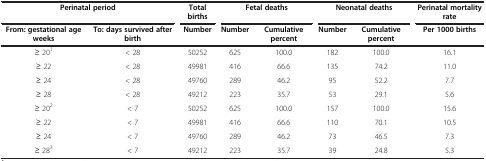
<table><thead><tr><td colspan="2"><b>Perinatal period</b></td><td><b>Total births</b></td><td colspan="2"><b>Fetal deaths</b></td><td colspan="2"><b>Neonatal deaths</b></td><td><b>Perinatal mortality rate</b></td></tr><tr><td><b>From: gestational age weeks</b></td><td><b>To: days survived after birth</b></td><td><b>Number</b></td><td><b>Number</b></td><td><b>Cumulative percent</b></td><td><b>Number</b></td><td><b>Cumulative percent</b></td><td><b>Per 1000 births</b></td></tr></thead><tbody><tr><td>≥ 20<sup>1</sup></td><td>&lt; 28</td><td>50252</td><td>625</td><td>100.0</td><td>182</td><td>100.0</td><td>16.1</td></tr><tr><td>≥ 22</td><td>&lt; 28</td><td>49981</td><td>416</td><td>66.6</td><td>135</td><td>74.2</td><td>11.0</td></tr><tr><td>≥ 24</td><td>&lt; 28</td><td>49760</td><td>289</td><td>46.2</td><td>95</td><td>52.2</td><td>7.7</td></tr><tr><td>≥ 28</td><td>&lt; 28</td><td>49212</td><td>223</td><td>35.7</td><td>53</td><td>29.1</td><td>5.6</td></tr><tr><td>≥ 20<sup>2</sup></td><td>&lt; 7</td><td>50252</td><td>625</td><td>100.0</td><td>157</td><td>100.0</td><td>15.6</td></tr><tr><td>≥ 22</td><td>&lt; 7</td><td>49981</td><td>416</td><td>66.6</td><td>110</td><td>70.1</td><td>10.5</td></tr><tr><td>≥ 24</td><td>&lt; 7</td><td>49760</td><td>289</td><td>46.2</td><td>73</td><td>46.5</td><td>7.3</td></tr><tr><td>≥ 28<sup>3</sup></td><td>&lt; 7</td><td>49212</td><td>223</td><td>35.7</td><td>39</td><td>24.8</td><td>5.3</td></tr></tbody></table>